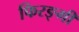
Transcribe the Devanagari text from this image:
फिरङ्गी